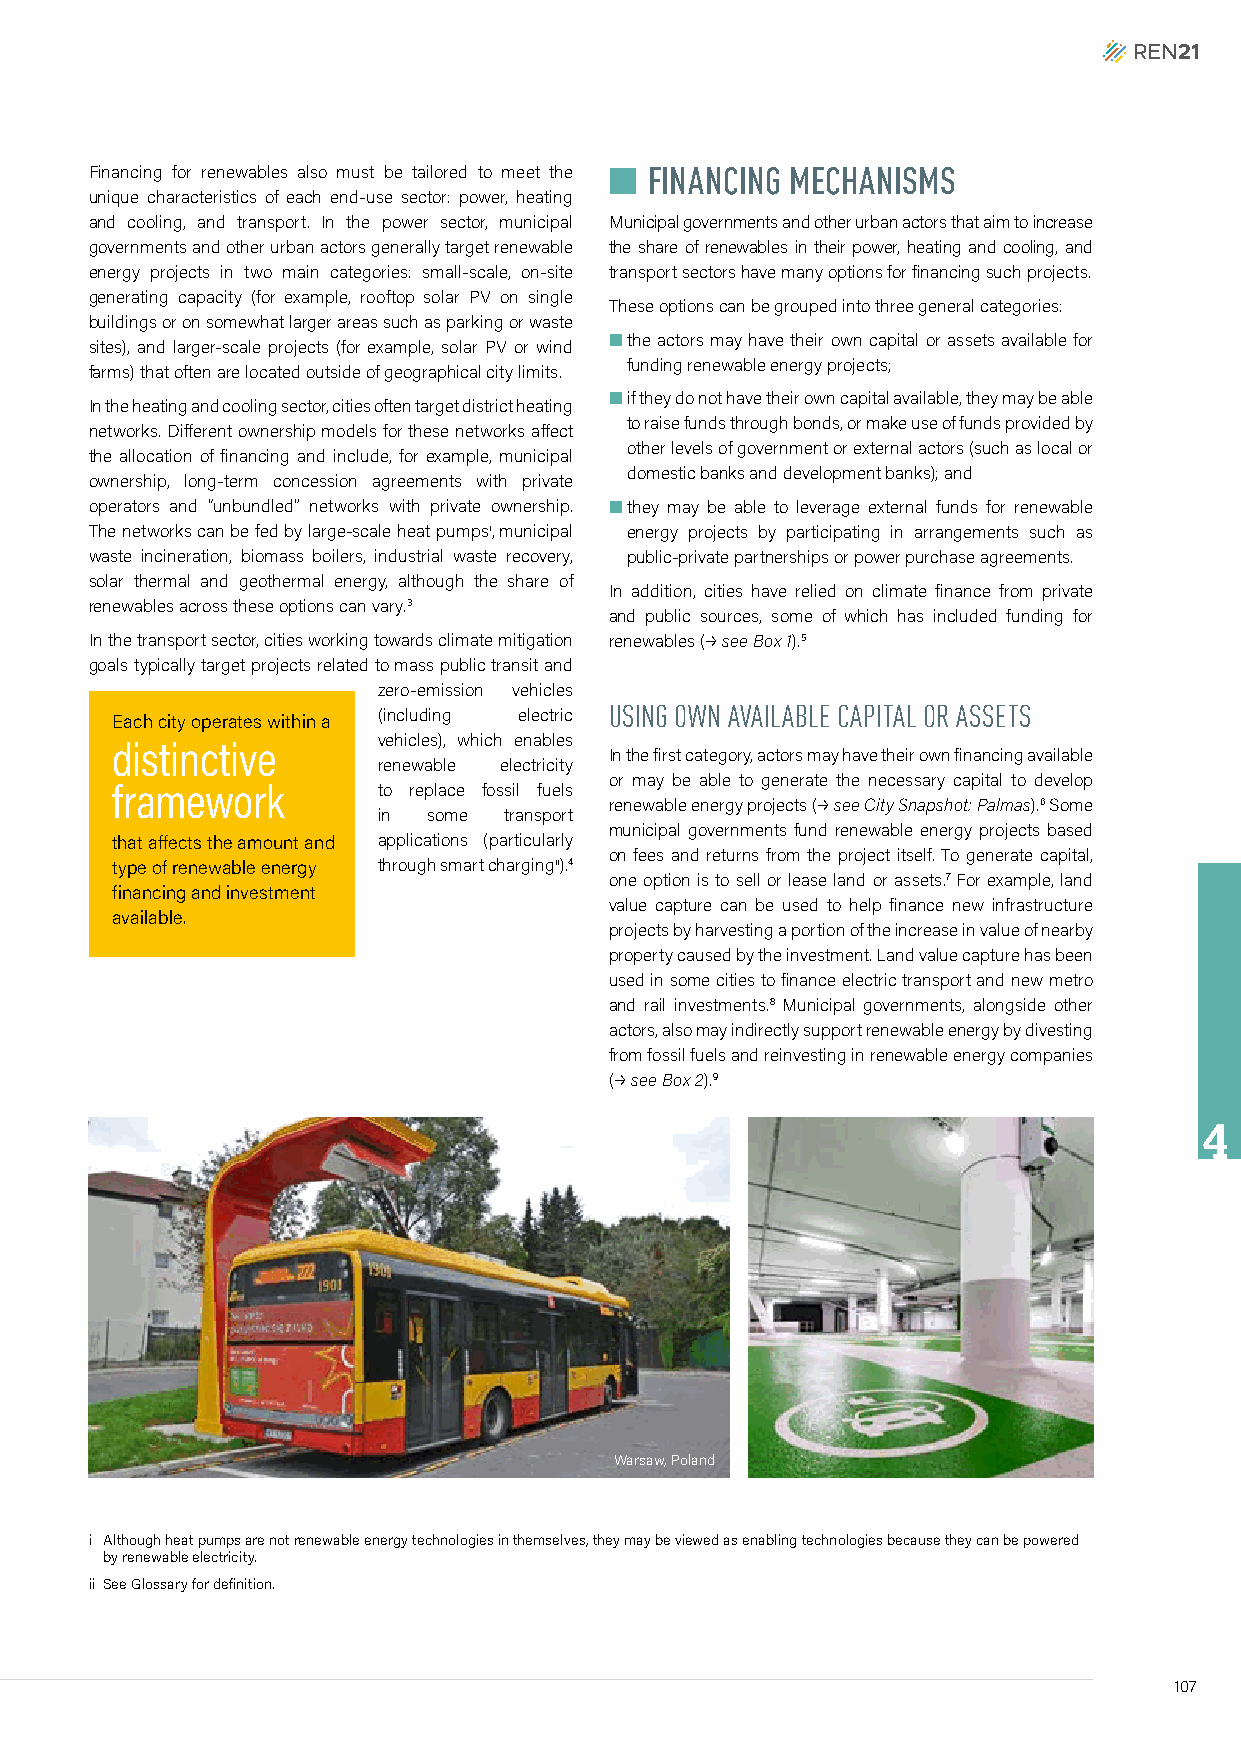
Financing for renewables also must be tailored to meet the n FINANCING MECHANISMS
 unique characteristics of each end-use sector: power, heating
 and cooling, and transport. In the power sector, municipal Municipal governments and other urban actors that aim to increase
 governments and other urban actors generally target renewable the share of renewables in their power, heating and cooling, and
 energy projects in two main categories: small-scale, on-site transport sectors have many options for financing such projects.
 generating capacity (for example, rooftop solar PV on single
 These options can be grouped into three general categories:
 buildings or on somewhat larger areas such as parking or waste
 n t he actors may have their own capital or assets available for
 sites), and larger-scale projects (for example, solar PV or wind
 funding renewable energy projects;
 farms) that often are located outside of geographical city limits.
 n i f they do not have their own capital available, they may be able
 In the heating and cooling sector, cities often target district heating
 to raise funds through bonds, or make use of funds provided by
 networks. Different ownership models for these networks affect
 other levels of government or external actors (such as local or
 the allocation of financing and include, for example, municipal
 domestic banks and development banks); and
 ownership, long-term concession agreements with private
 operators and “unbundled” networks with private ownership. n t hey may be able to leverage external funds for renewable
 The networks can be fed by large-scale heat pumpsi, municipal energy projects by participating in arrangements such as
 waste incineration, biomass boilers, industrial waste recovery, public-private partnerships or power purchase agreements.
 solar thermal and geothermal energy, although the share of
 In addition, cities have relied on climate finance from private
 renewables across these options can vary.3
 and public sources, some of which has included funding for
 In the transport sector, cities working towards climate mitigation renewables (p see Box 1).5
 goals typically target projects related to mass public transit and
 zero-emission vehicles
 (including electric USING OWN AVAILABLE CAPITAL OR ASSETS
 Each city operates within a
 vehicles), which enables
 distinctive
 In the first category, actors may have their own financing available
 renewable electricity
 or may be able to generate the necessary capital to develop
 framework         to replace fossil fuels
 in some transport
 renewable energy projects (p see City Snapshot: Palmas).6 Some
 municipal governments fund renewable energy projects based
 that affects the amount and applications (particularly
 on fees and returns from the project itself. To generate capital,
 type of renewable energy through smart chargingii).4
 one option is to sell or lease land or assets.7 For example, land
 financing and investment
 value capture can be used to help finance new infrastructure
 available.
 projects by harvesting a portion of the increase in value of nearby
 property caused by the investment. Land value capture has been
 used in some cities to finance electric transport and new metro
 and rail investments.8 Municipal governments, alongside other
 actors, also may indirectly support renewable energy by divesting
 from fossil fuels and reinvesting in renewable energy companies
 (p see Box 2).9
 4
 Warsaw, Poland
 i Although heat pumps are not renewable energy technologies in themselves, they may be viewed as enabling technologies because they can be powered
 by renewable electricity.
 ii See Glossary for definition.
 107